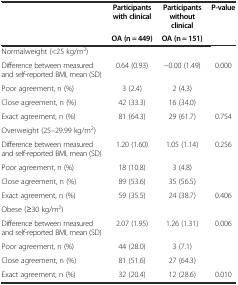
<table><thead><tr><td>[EMPTY_CELL]</td><td><b>Participants with clinical</b></td><td><b>Participants without clinical</b></td><td><b>P-value</b></td></tr><tr><td>[EMPTY_CELL]</td><td><b>OA (n = 449)</b></td><td><b>OA (n = 151)</b></td><td>[EMPTY_CELL]</td></tr></thead><tbody><tr><td>Normalweight (&lt;25 kg/m<sup>2</sup>)</td><td>[EMPTY_CELL]</td><td>[EMPTY_CELL]</td><td>[EMPTY_CELL]</td></tr><tr><td>Difference between measured and self-reported BMI, mean (SD)</td><td>0.64 (0.93)</td><td>-0.00 (1.49)</td><td>0.000</td></tr><tr><td>Poor agreement, n (%)</td><td>3 (2.4)</td><td>2 (4.3)</td><td>[EMPTY_CELL]</td></tr><tr><td>Close agreement, n (%)</td><td>42 (33.3)</td><td>16 (34.0)</td><td>[EMPTY_CELL]</td></tr><tr><td>Exact agreement, n (%)</td><td>81 (64.3)</td><td>29 (61.7)</td><td>0.754</td></tr><tr><td>Overweight (25–29.99 kg/m<sup>2</sup>)</td><td>[EMPTY_CELL]</td><td>[EMPTY_CELL]</td><td>[EMPTY_CELL]</td></tr><tr><td>Difference between measured and self-reported BMI, mean (SD)</td><td>1.20 (1.60)</td><td>1.05 (1.14)</td><td>0.256</td></tr><tr><td>Poor agreement, n (%)</td><td>18 (10.8)</td><td>3 (4.8)</td><td>[EMPTY_CELL]</td></tr><tr><td>Close agreement, n (%)</td><td>89 (53.6)</td><td>35 (56.5)</td><td>[EMPTY_CELL]</td></tr><tr><td>Exact agreement, n (%)</td><td>59 (35.5)</td><td>24 (38.7)</td><td>0.406</td></tr><tr><td>Obese (≥30 kg/m<sup>2</sup>)</td><td>[EMPTY_CELL]</td><td>[EMPTY_CELL]</td><td>[EMPTY_CELL]</td></tr><tr><td>Difference between measured and self-reported BMI, mean (SD)</td><td>2.07 (1.95)</td><td>1.26 (1.31)</td><td>0.006</td></tr><tr><td>Poor agreement, n (%)</td><td>44 (28.0)</td><td>3 (7.1)</td><td>[EMPTY_CELL]</td></tr><tr><td>Close agreement, n (%)</td><td>81 (51.6)</td><td>27 (64.3)</td><td>[EMPTY_CELL]</td></tr><tr><td>Exact agreement, n (%)</td><td>32 (20.4)</td><td>12 (28.6)</td><td>0.010</td></tr></tbody></table>